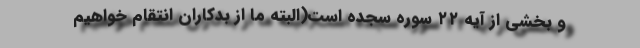
و بخشی از آیه ٢٢ سوره سجده است(البته ما از بدکاران انتقام خواهیم